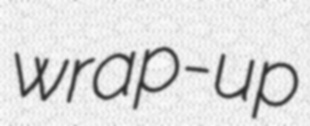
wrap-up